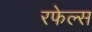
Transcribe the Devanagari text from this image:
रफेल्स